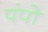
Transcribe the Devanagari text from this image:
पंपो